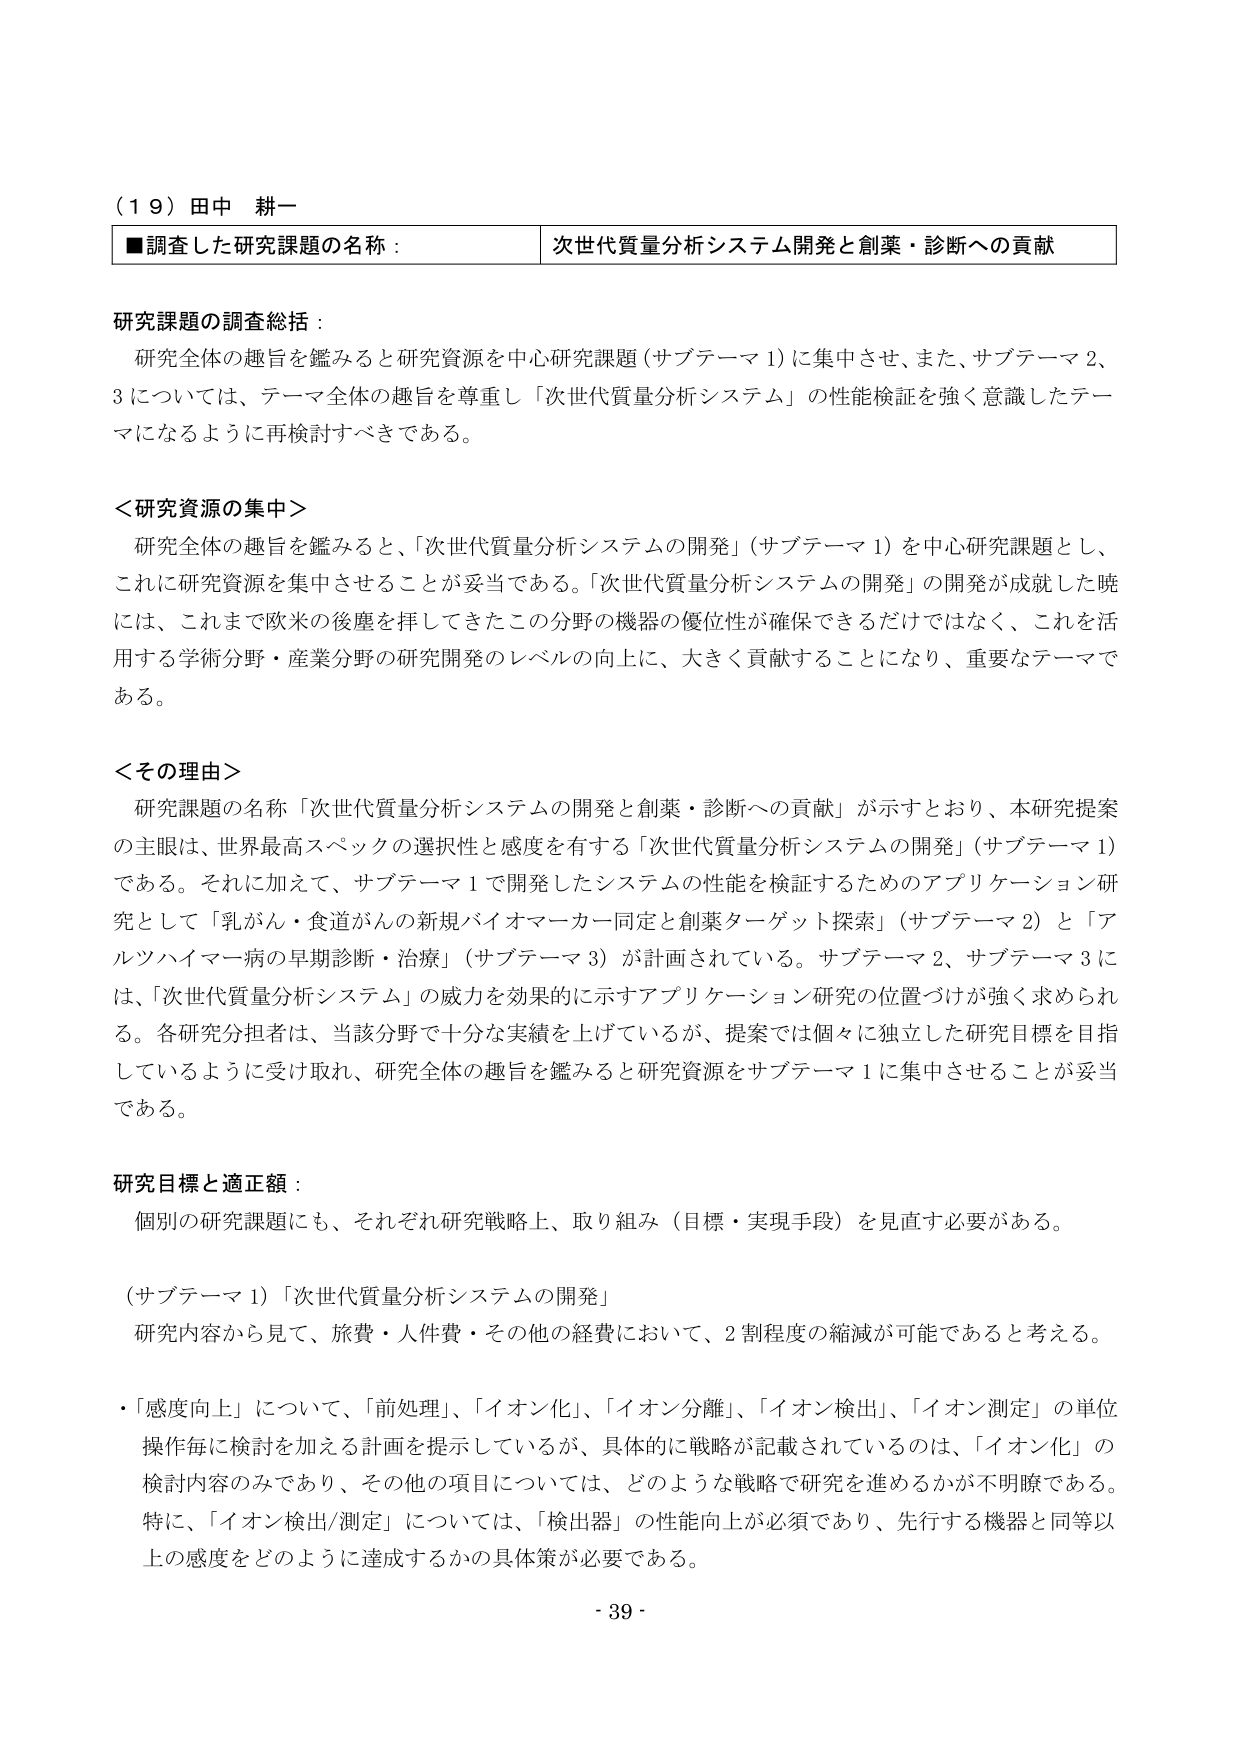
（１９）田中 耕一
■調査した研究課題の名称： 次世代質量分析システム開発と創薬・診断への貢献

研究課題の調査総括：
研究全体の趣旨を鑑みると研究資源を中心研究課題（サブテーマ１）に集中させ、また、サブテーマ２、３については、テーマ全体の趣旨を尊重し「次世代質量分析システム」の性能検証を強く意識したテーマになるように再検討すべきである。

＜研究資源の集中＞
研究全体の趣旨を鑑みると、「次世代質量分析システムの開発」（サブテーマ１）を中心研究課題とし、これに研究資源を集中させることが妥当である。「次世代質量分析システムの開発」の開発が成就した暁には、これまで欧米の後塵を拝してきたこの分野の機器の優位性が確保できるだけではなく、これを活用する学術分野・産業分野の研究開発のレベルの向上に、大きく貢献することになり、重要なテーマである。

＜その理由＞
研究課題の名称「次世代質量分析システムの開発と創薬・診断への貢献」が示すとおり、本研究提案の主眼は、世界最高スペックの選択性と感度を有する「次世代質量分析システムの開発」（サブテーマ１）である。それに加えて、サブテーマ１で開発したシステムの性能を検証するためのアプリケーション研究として「乳がん・食道がんの新規バイオマーカー同定と創薬ターゲット探索」（サブテーマ２）と「アルツハイマー病の早期診断・治療」（サブテーマ３）が計画されている。サブテーマ２、サブテーマ３には、「次世代質量分析システム」の威力を効果的に示すアプリケーション研究の位置づけが強く求められる。各研究分担者は、当該分野で十分な実績を上げているが、提案では個々に独立した研究目標を目指しているように受け取れ、研究全体の趣旨を鑑みると研究資源をサブテーマ１に集中させることが妥当である。

研究目標と適正額：
個別の研究課題にも、それぞれ研究戦略上、取り組み（目標・実現手段）を見直す必要がある。

（サブテーマ１）「次世代質量分析システムの開発」
研究内容から見て、旅費・人件費・その他の経費において、２割程度の縮減が可能であると考える。

・「感度向上」について、「前処理」、「イオン化」、「イオン分離」、「イオン検出」、「イオン測定」の単位操作毎に検討を加える計画を提示しているが、具体的に戦略が記載されているのは、「イオン化」の検討内容のみであり、その他の項目については、どのような戦略で研究を進めるかが不明瞭である。特に、「イオン検出/測定」については、「検出器」の性能向上が必須であり、先行する機器と同等以上の感度をどのように達成するかの具体策が必要である。

- 39 -